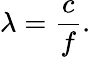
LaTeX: \lambda={\frac{c}{f}}.